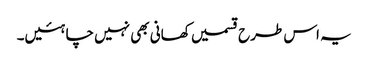
یہ اس طرح قسمیں کھانی بھی نہیں چاہئیں۔